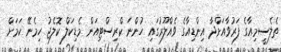
ތެލެސީމިއާގެ ފަރުވާއަށްދާ އިންޑިއާގެ ވެއްލޫރުގައި ހުންނަ ކްރިސްޓިއަން މެޑިކަލް ކޮލެޖު ހިމެނޭ ކަމަށް